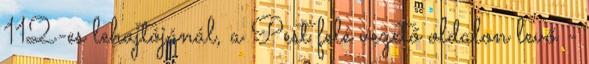
112-es lehajtójánál, a Pest felé vezető oldalon levő -